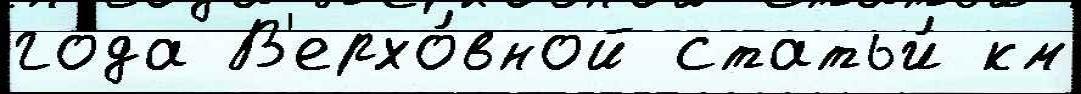
го́да В'ерхо́вной статьи́ км